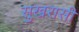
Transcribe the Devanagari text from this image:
सुखरासी